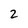
Character: 2